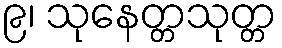
၉၊ သုနေတ္တသုတ္တ